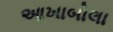
આખાબોલા